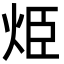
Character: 烥